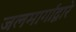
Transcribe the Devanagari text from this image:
जलमार्गांद्वारे